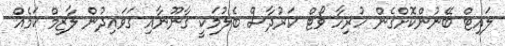
ލައިޓް ބޭނުންކޮށްގެން ހުރިހާ ވޯޓް ކަރުދާސް ބެލުމަކީ ޤާނޫނާއި ޤަވައިދުން ލާޒިމް ކަމެއް